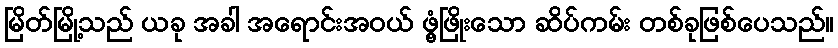
မြိတ်မြို့သည် ယခု အခါ အရောင်းအဝယ် ဖွံ့ဖြိုးသော ဆိပ်ကမ်း တစ်ခုဖြစ်ပေသည်။